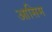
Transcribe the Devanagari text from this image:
आसिम